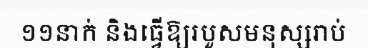
១១នាក់ និងធ្វើឱ្យរបួសមនុស្សរាប់